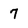
Character: 7